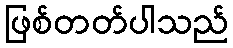
ဖြစ်တတ်ပါသည်